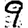
Digit: 9